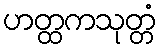
ဟတ္ထကသုတ္တံ